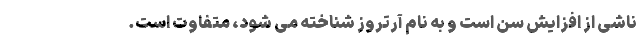
ناشی از افزایش سن است و به نام آرتروز شناخته می شود، متفاوت است.